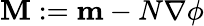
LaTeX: \mathbf{M}:=\mathbf{m}-N\nabla\phi